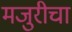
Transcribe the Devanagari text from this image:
मजुरीचा